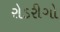
રોડરીગો